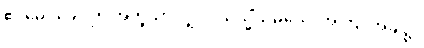
ဧဝမေဝခေါ၊ ဤအတူသာလျှင်။ ယသ္မိံသမယေ၊ အကြင်အခါ၌။